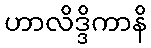
ဟာလိဒ္ဒိကာနိ